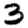
Digit: 3